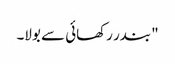
" بندر رکھائی سے بولا۔